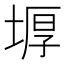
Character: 𡎋